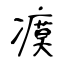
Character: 瘼